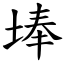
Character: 埲